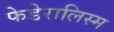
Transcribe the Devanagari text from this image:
फेडेरालिस्म